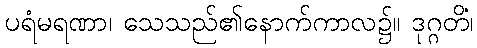
ပရံမရဏာ၊ သေသည်၏နောက်ကာလ၌။ ဒုဂ္ဂတိံ၊